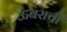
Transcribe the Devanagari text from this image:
ऊंबराची